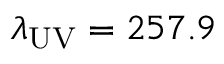
\lambda _ { \mathrm { U V } } = 2 5 7 . 9